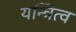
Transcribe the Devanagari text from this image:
यन्त्रित्व